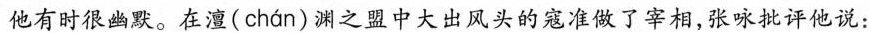
他有时很幽默。在澶( chan )渊之盟中大出风头的寇准做了宰相，张咏批评他说：